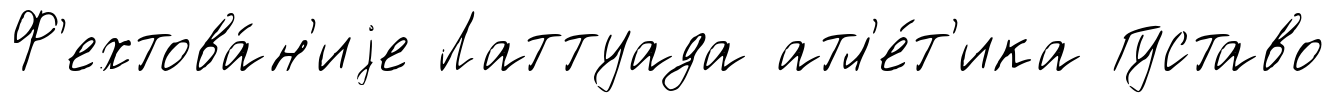
Ф'ехтова́н'иjе Латтуада атл'е́т'ика Густаво